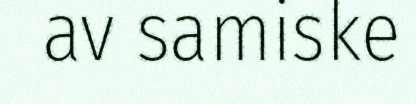
av samiske